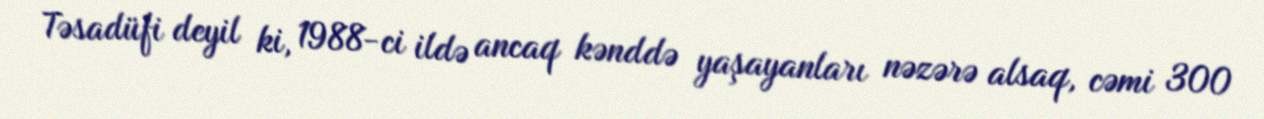
Təsadüfi deyil ki, 1988-ci ildə ancaq kənddə yaşayanları nəzərə alsaq, cəmi 300